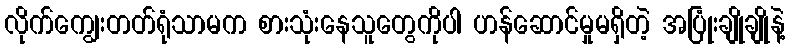
လိုက်ကျွေးတတ်ရုံသာမက စားသုံးနေသူတွေကိုပါ ဟန်ဆောင်မှုမရှိတဲ့ အပြုံးချိုချိုနဲ့